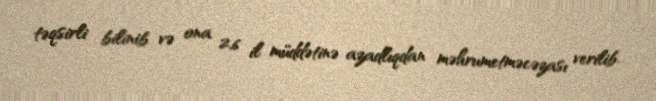
təqsirli bilinib və ona 2,6 il müddətinə azadlıqdan məhrumetməcəzası verilib.